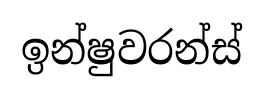
ඉන්ෂුවරන්ස්